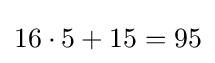
16\cdot 5+15=95